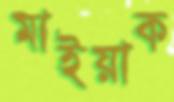
মাইয়াক